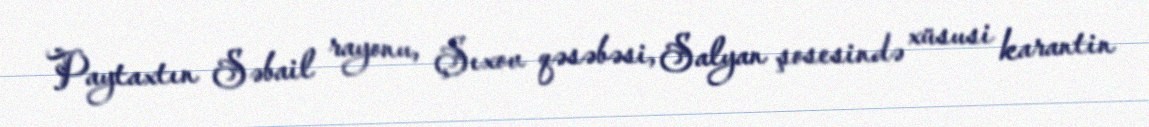
Paytaxtın Səbail rayonu, Şıxov qəsəbəsi, Salyan şosesində xüsusi karantin